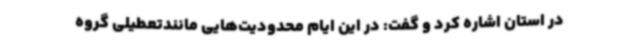
در استان اشاره کرد و گفت: در این ایام محدودیت‌هایی مانندتعطیلی گروه